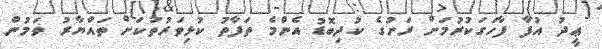
ޢީދު އުފާ ފާހަގަކުރުމަށް ރަށުގެ ކުދިބޮޑު އެންމެ ތަފާތު ކުޅިވަރުތަކަށް ތައްޔާރު ވަމުން